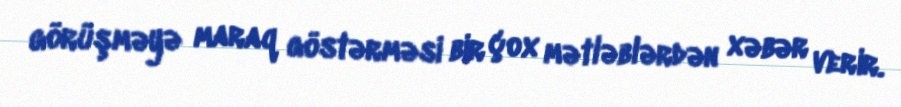
görüşməyə maraq göstərməsi bir çox mətləblərdən xəbər verir.